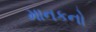
માનકનો